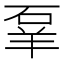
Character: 𬒌